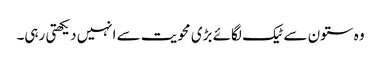
وہ ستون سے ٹیک لگائے بڑی محویت سے انہیں دیکھتی رہی۔